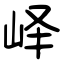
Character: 峄